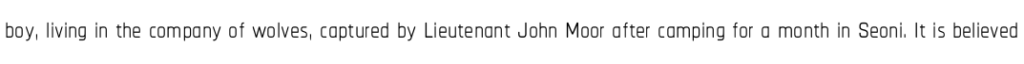
boy, living in the company of wolves, captured by Lieutenant John Moor after camping for a month in Seoni. It is believed